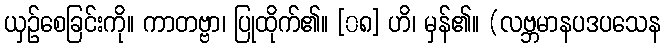
ယှဉ်စေခြင်းကို။ ကာတဗ္ဗာ၊ ပြုထိုက်၏။ [၀၈] ဟိ၊ မှန်၏။ (လဗ္ဘမာနပဒပသေန